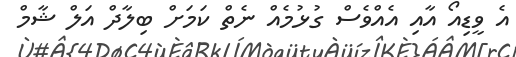
އެ ވީޑިއޯ އާއި އެއްވެސް ގުޅުމެއް ނެތް ކަމަށް ބިލާދް އަލް ޝާމް